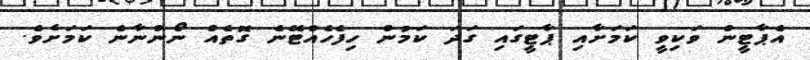
އެޕާޓީން ވަކިވީ ކަމަށާއި ޕާޓީގައި ގަދަ ކަމުން ހިފެހެއްޓޭނެ ގޮތެއް ނޯންނާނެ ކަމަށެވެ.